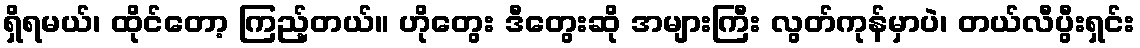
ရှိရမယ်၊ ထိုင်တော့ ကြည့်တယ်။ ဟိုတွေး ဒီတွေးဆို အများကြီး လွတ်ကုန်မှာပဲ၊ တယ်လီပွီးရှင်း